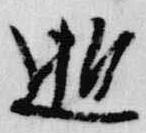
逝